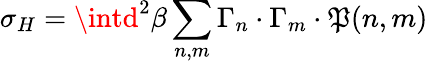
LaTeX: \sigma_{H}=\intd^{2}\beta\sum_{n,m}\Gamma_{n}\cdot\Gamma_{m}\cdot\mathfrak{P}(n,m)